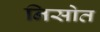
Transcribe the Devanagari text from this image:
निसोत